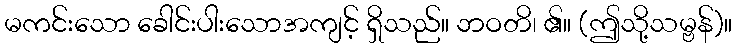
မကင်းသော ခေါင်းပါးသောအကျင့် ရှိသည်။ ဘဝတိ၊ ၏။ (ဤသို့သမ္ဗန်)။